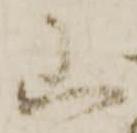
山